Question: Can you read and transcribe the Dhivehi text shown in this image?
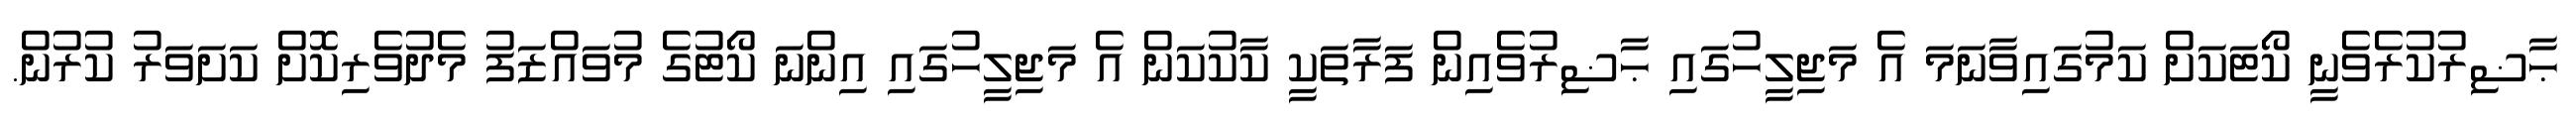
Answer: ޙާޟިރުކުރެވެނީ ކޯޓަކަށް ކަމުގައިވާނަމަ އެ މަޖިލީހުގައި ޙާޟިރުވެއިން ފަރާތަކީ ކާކުކަން އެ މަޖިލީހުގައި އިންނަ ކޯޓުގެ މުވައްޒަފު މެދުވެރިކޮށް ކަށަވަރު ކުރުން.